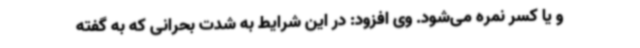
و یا کسر نمره می‌شود. وی افزود: در این شرایط به شدت بحرانی که به گفته